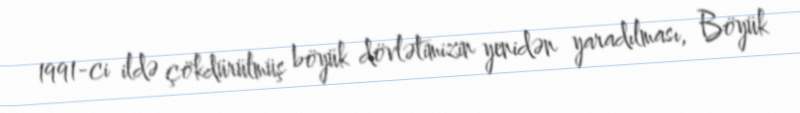
1991-ci ildə çökdürülmüş böyük dövlətimizin yenidən yaradılması, Böyük